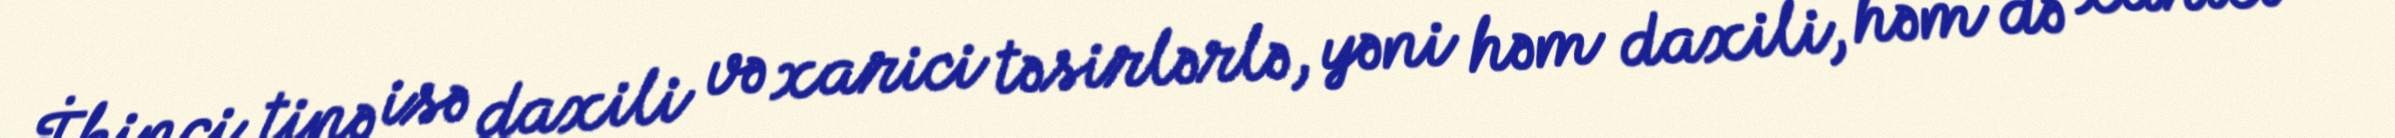
İkinci tipə isə daxili və xarici təsirlərlə, yəni həm daxili, həm də xarici